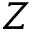
Z